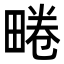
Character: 𤲨